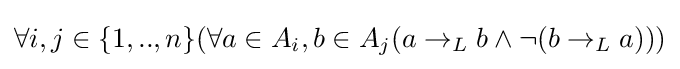
\forall i,j\in \{1,..,n\}(\forall a\in A_{i},b\in A_{j}(a\rightarrow _{L}b\land \neg (b\rightarrow _{L}a)))